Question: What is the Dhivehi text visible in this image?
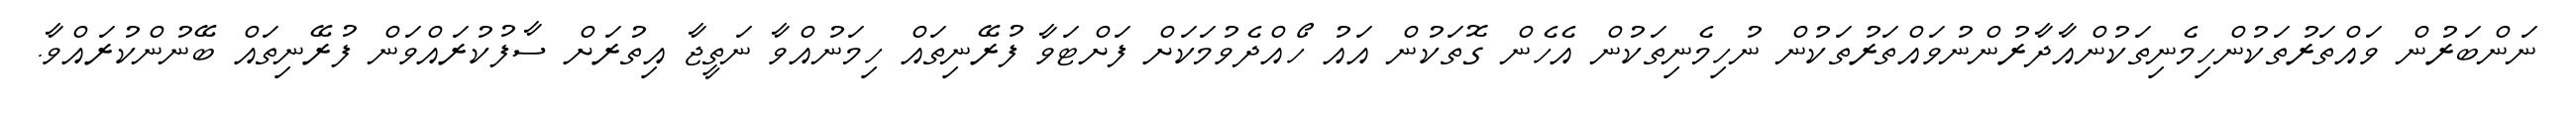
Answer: ނަންބަރުން ވައްތަރުތަކުންހިމެނިތަކުންއާދާރުންނުވައްތަރުތަކުން ނުހިމެނިތަކުން އެހެން ގޮތަކުން އައު ހޯއްދެވުމަކަށް ފަށްޓަވާ ފުރޭނިތައް ހިމަނުއްވާ ނަތީޖާ އިތުރަށް ސާފުކުރައްވަން ފުރޭނިތައް ބޭނުންކުރައްވާ.